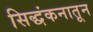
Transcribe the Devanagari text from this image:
सिद्धंकनातून